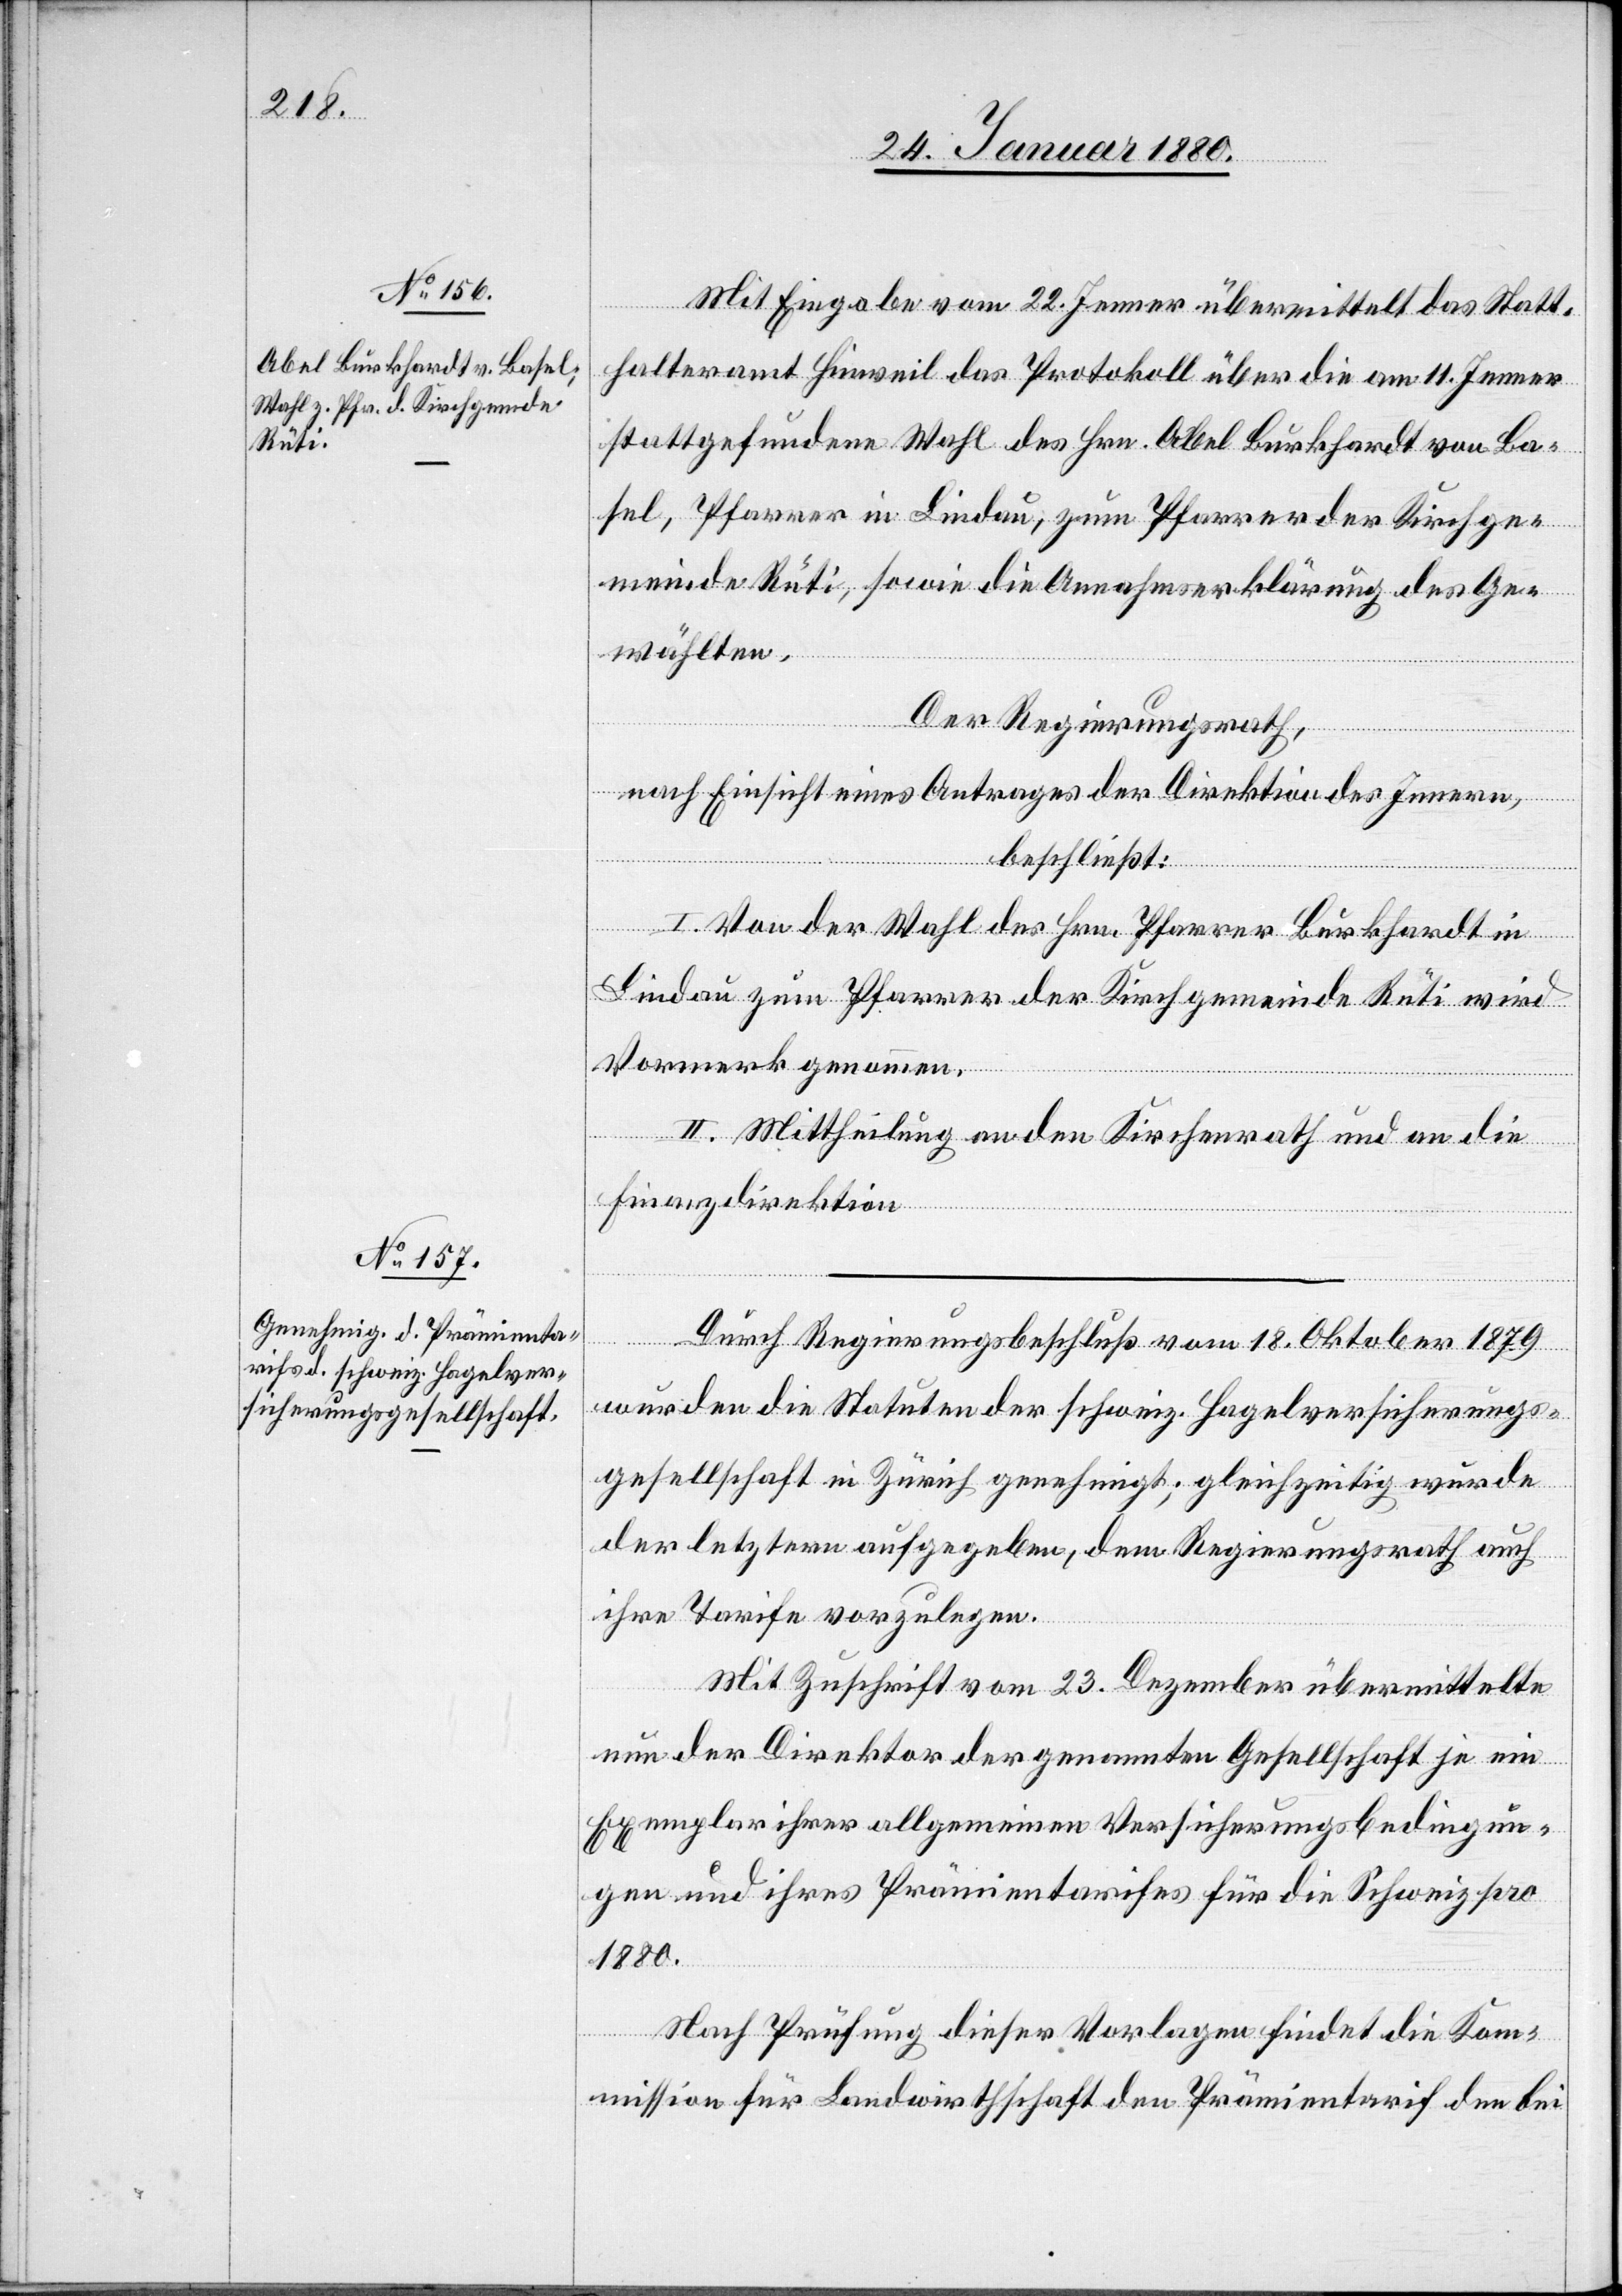
Mit Eingabe vom 22. Jenner übermittelt das Statt¬
halteramt Hinweil das Protokoll über die am 11. Jenner
stattgefundene Wahl des Hrn. Abel Burkhardt von Ba¬
sel, Pfarrer in Lindau, zum Pfarrer der Kirchge¬
meinde Rüti, sowie die Annahmserklärung des Ge¬
wählten.
Der Regierungsrath,
nach Einsicht eines Antrages der Direktion des Innern,
beschließt:
I. Von der Wahl des Hrn. Pfarrer Burkhardt in
Lindau zum Pfarrer der Kirchgemeinde Rüti wird
Vormerk genommen.
II. Mittheilung an den Kirchenrath und an die
Finanzdirektion.
Durch Regierungsbeschluß vom 18. Oktober 1879
wurden die Statuten der schweiz. Hagelversicherungs¬
gesellschaft in Zürich genehmigt; gleichzeitig wurde
der letztern aufgegeben, dem Regierungsrath auch
ihre Tarife vorzulegen.
Mit Zuschrift vom 23. Dezember übermittelte
nun der Direktor der genannten Gesellschaft je ein
Exemplar ihrer allgemeinen Versicherungsbedingun¬
gen und ihres Prämientarifes für die Schweiz pro
1880.
Nach Prüfung dieser Vorlagen findet die Kom¬
mission für Landwirthschaft den Prämientarif den bei